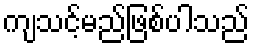
ကျသင့်မည်ဖြစ်ပါသည်